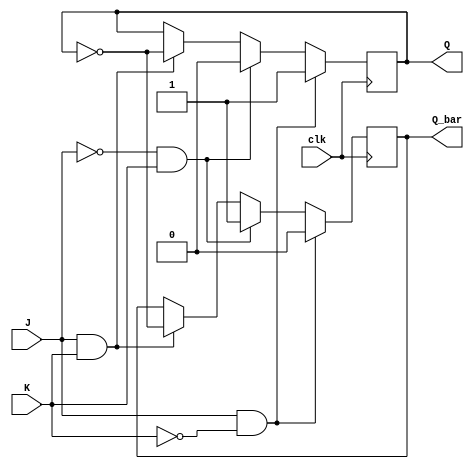
module jk_flip_flop(
    input J, // set input
    input K, // reset input
    input clk, // clock input
    output reg Q, // output
    output reg Q_bar // complement of Q
);

always @(posedge clk) begin
    if (J & ~K) begin
        Q <= 1; // set to 1
        Q_bar <= 0;
    end else if (~J & K) begin
        Q <= 0; // reset to 0
        Q_bar <= 1;
    end else if (J & K) begin
        Q <= ~Q; // toggle state
        Q_bar <= ~Q;
    end
end

endmodule